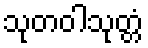
သုတဝါသုတ္တံ